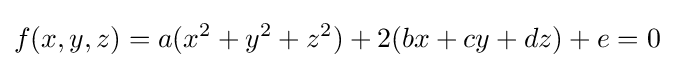
f(x,y,z)=a(x^{2}+y^{2}+z^{2})+2(bx+cy+dz)+e=0